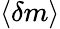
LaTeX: \langle\delta m\rangle